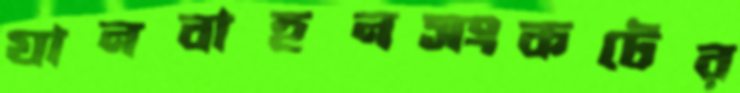
যানবাহনসংকটের